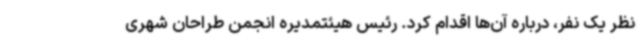
نظر یک نفر، درباره آن‌ها اقدام کرد. رئیس هیئتمدیره انجمن طراحان شهری